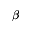
\beta